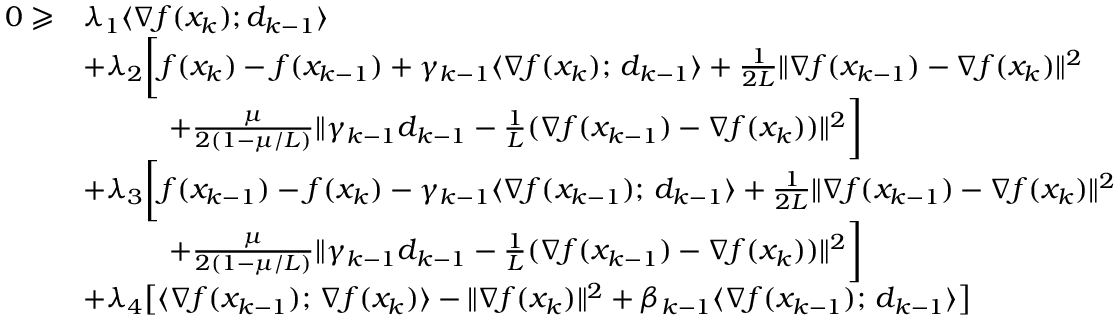
\begin{array} { r l } { 0 \geqslant } & { \lambda _ { 1 } \langle \nabla f ( x _ { k } ) ; d _ { k - 1 } \rangle } \\ & { + \lambda _ { 2 } \bigg [ f ( x _ { k } ) - f ( x _ { k - 1 } ) + \gamma _ { k - 1 } \langle \nabla f ( x _ { k } ) ; \, d _ { k - 1 } \rangle + \frac { 1 } { 2 L } \| \nabla f ( x _ { k - 1 } ) - \nabla f ( x _ { k } ) \| ^ { 2 } } \\ & { \quad \quad \quad + \frac { \mu } { 2 ( 1 - \mu / L ) } \| \gamma _ { k - 1 } d _ { k - 1 } - \frac { 1 } { L } ( \nabla f ( x _ { k - 1 } ) - \nabla f ( x _ { k } ) ) \| ^ { 2 } \bigg ] } \\ & { + \lambda _ { 3 } \bigg [ f ( x _ { k - 1 } ) - f ( x _ { k } ) - \gamma _ { k - 1 } \langle \nabla f ( x _ { k - 1 } ) ; \, d _ { k - 1 } \rangle + \frac { 1 } { 2 L } \| \nabla f ( x _ { k - 1 } ) - \nabla f ( x _ { k } ) \| ^ { 2 } } \\ & { \quad \quad \quad + \frac { \mu } { 2 ( 1 - \mu / L ) } \| \gamma _ { k - 1 } d _ { k - 1 } - \frac { 1 } { L } ( \nabla f ( x _ { k - 1 } ) - \nabla f ( x _ { k } ) ) \| ^ { 2 } \bigg ] } \\ & { + \lambda _ { 4 } \big [ \langle \nabla f ( x _ { k - 1 } ) ; \, \nabla f ( x _ { k } ) \rangle - \| \nabla f ( x _ { k } ) \| ^ { 2 } + \beta _ { k - 1 } \langle \nabla f ( x _ { k - 1 } ) ; \, d _ { k - 1 } \rangle \big ] } \end{array}